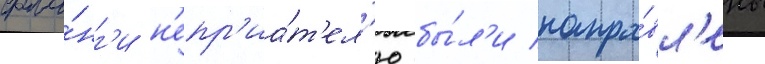
фла́нг'и н'епр'иа́т'ел'ю бы́л'и напра́вл'ены